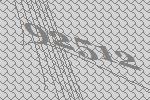
92512